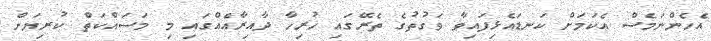
އެހެންނަމެސް އެކަމަށް ކަނޑައެޅިފައިވާ ވަގުތުގެ ތެރޭގައި ހުރިހާ ދާއިރާއެއްގައި މި މަސައްކަތް ކުރިޔަށް